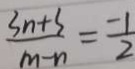
\frac { 3 n + 3 } { m - n } = \frac { - 1 } { 2 }